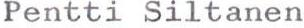
Pentti Siltanen